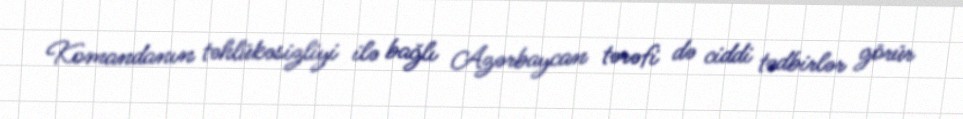
Komandanın təhlükəsizliyi ilə bağlı Azərbaycan tərəfi də ciddi tədbirlər görür